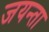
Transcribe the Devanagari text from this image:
जयन्ता